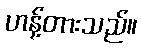
ဟန့်တားသည်။